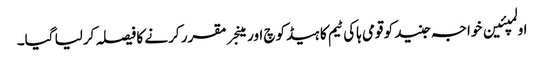
اولمپئین خواجہ جنید کو قومی ہاکی ٹیم کا ہیڈکوچ اور مینجر مقرر کرنے کا فیصلہ کرلیا گیا۔